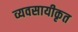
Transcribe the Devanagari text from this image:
व्यवसायीकृत